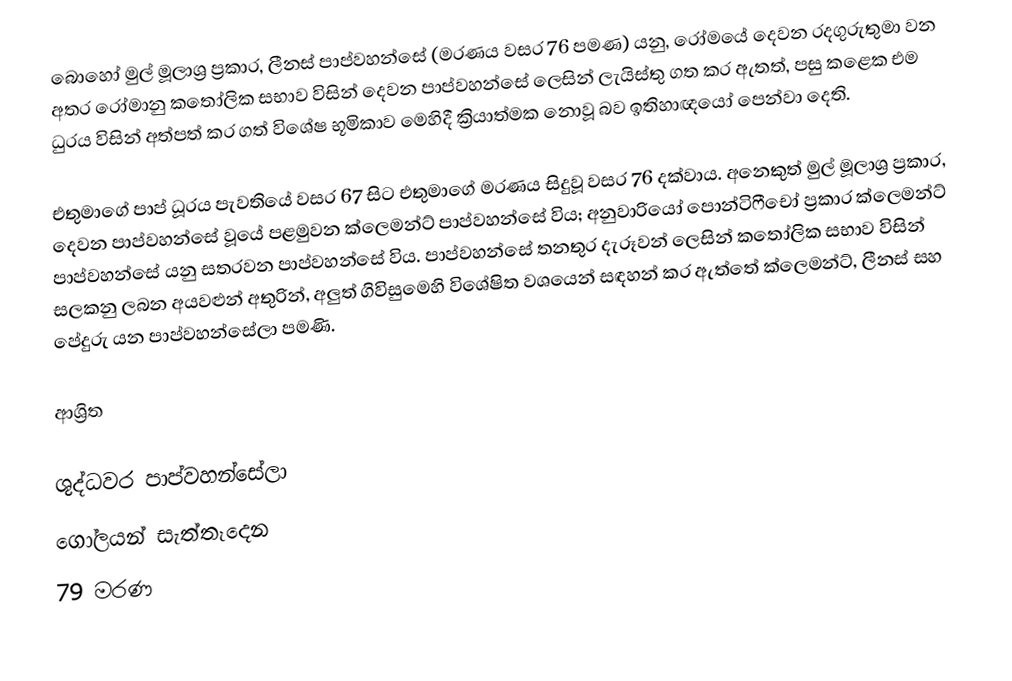
බොහෝ මුල් මූලාශ්‍ර ප්‍රකාර, ලීනස් පාප්වහන්සේ (මරණය වසර 76 පමණ) යනු, රෝමයේ දෙවන රදගුරුතුමා වන අතර රෝමානු කතෝලික සභාව විසින් දෙවන පාප්වහන්සේ ලෙසින් ලැයිස්තු ගත කර ඇතත්, පසු කළෙක එම ධුරය විසින් අත්පත් කර ගත් විශේෂ භූමිකාව මෙහිදී ක්‍රියාත්මක නොවූ බව ඉතිහාඥයෝ පෙන්වා දෙති.

එතුමාගේ පාප් ධූරය පැවතියේ වසර 67 සිට එතුමාගේ මරණය සිදුවූ වසර 76 දක්වාය. අනෙකුත් මුල් මූලාශ්‍ර ප්‍රකාර, දෙවන පාප්වහන්සේ වූයේ  පළමුවන ක්ලෙමන්ට් පාප්වහන්සේ විය; අනුවාරියෝ පොන්ටිෆීචෝ  ප්‍රකාර ක්ලෙමන්ට් පාප්වහන්සේ යනු සතරවන පාප්වහන්සේ විය. පාප්වහන්සේ තනතුර දැරූවන් ලෙසින් කතෝලික සභාව විසින් සලකනු ලබන අයවළුන් අතුරින්,  අලුත් ගිවිසුමෙහි විශේෂිත වශයෙන් සඳහන් කර ඇත්තේ ක්ලෙමන්ට්, ලීනස් සහ පේදුරු යන පාප්වහන්සේලා පමණි.

ආශ්‍රිත

ශුද්ධවර පාප්වහන්සේලා
ගෝලයන් සැත්තෑදෙන
79 මරණ